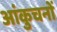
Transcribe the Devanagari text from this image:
आंकुचनों